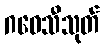
ဂဝေသီသုတ်